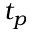
t _ { p }